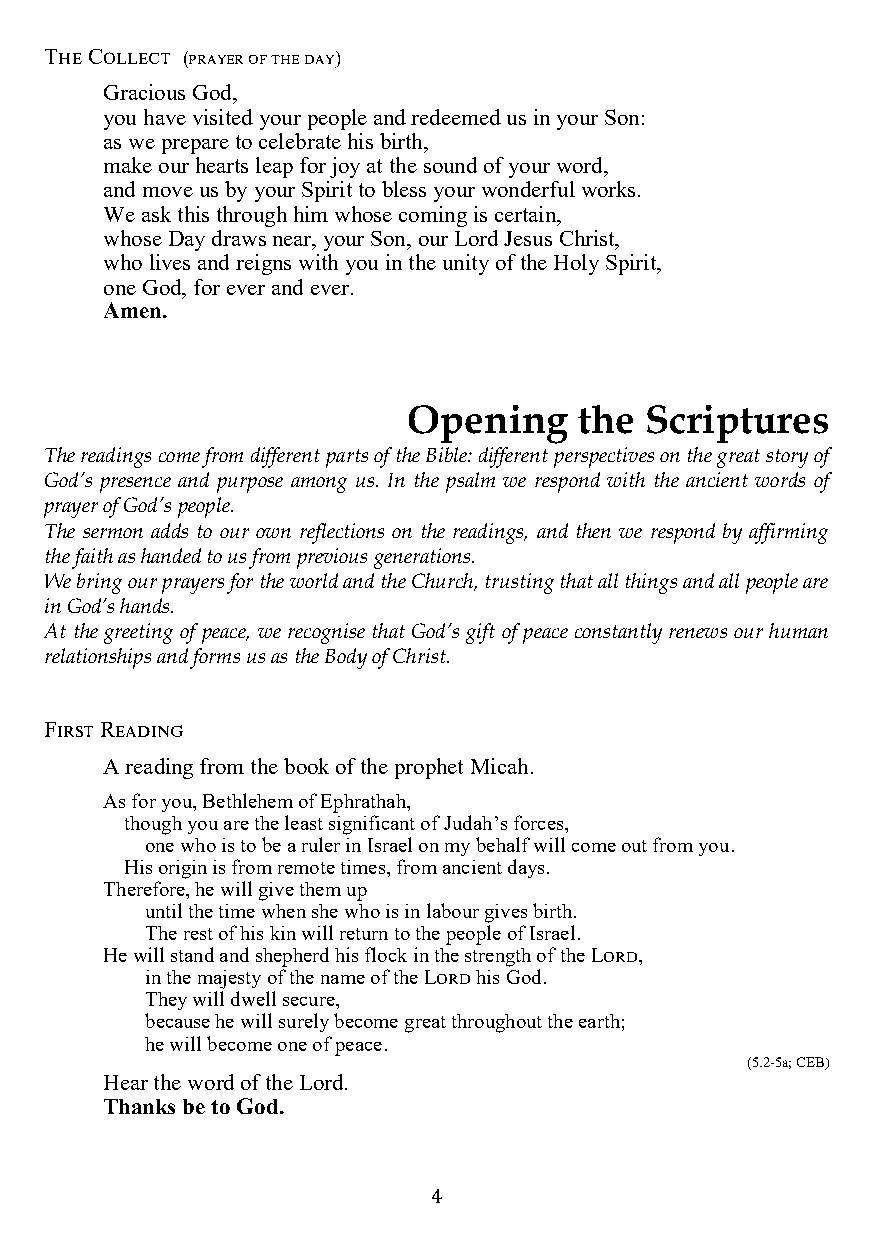
The Collect (prayer of the day)
 Gracious God,
 you have visited your people and redeemed us in your Son:
 as we prepare to celebrate his birth,
 make our hearts leap for joy at the sound of your word,
 and move us by your Spirit to bless your wonderful works.
 We ask this through him whose coming is certain,
 whose Day draws near, your Son, our Lord Jesus Christ,
 who lives and reigns with you in the unity of the Holy Spirit,
 one God, for ever and ever.
 Amen.
 Opening    the  Scriptures
 The readings come from different parts of the Bible: different perspectives on the great story of
 God’s presence and purpose among us. In the psalm we respond with the ancient words of
 prayer of God’s people.
 The sermon adds to our own reflections on the readings, and then we respond by affirming
 the faith as handed to us from previous generations.
 We bring our prayers for the world and the Church, trusting that all things and all people are
 in God’s hands.
 At the greeting of peace, we recognise that God’s gift of peace constantly renews our human
 relationships and forms us as the Body of Christ.
 First Reading
 A reading from the book of the prophet Micah.
 As for you, Bethlehem of Ephrathah,
 though you are the least significant of Judah’s forces,
 one who is to be a ruler in Israel on my behalf will come out from you.
 His origin is from remote times, from ancient days.
 Therefore, he will give them up
 until the time when she who is in labour gives birth.
 The rest of his kin will return to the people of Israel.
 He will stand and shepherd his flock in the strength of the Lord,
 in the majesty of the name of the Lord his God.
 They will dwell secure,
 because he will surely become great throughout the earth;
 he will become one of peace.
 (5.2-5a; CEB)
 Hear the word of the Lord.
 Thanks be to God.
 4